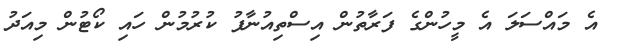
އެ މައްސަލަ އެ މީހުންގެ ފަރާތުން އިސްތިއުނާފު ކުރުމުން ހައި ކޯޓުން މިއަދު